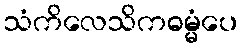
သံကိလေသိကဓမ္မံပေ